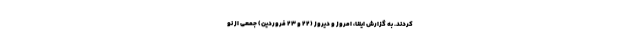
کردند. به گزارش ایلنا، امروز و دیروز (۲۲ و ۲۳ فروردین) جمعی از نو